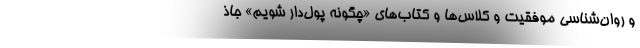
و روان‌شناسی موفقیت و کلاس‌ها و کتاب‌های «چگونه پول‌دار شویم» جاذ